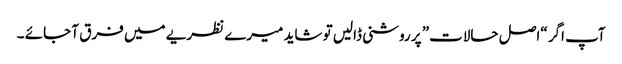
آپ اگر “اصل حالات” پر روشنی ڈالیں تو شاید میرے نظریے میں فرق آ جائے ۔